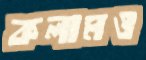
কলামও